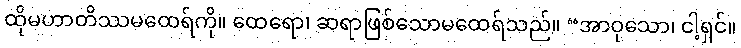
ထိုမဟာတိဿမထေရ်ကို။ ထေရော၊ ဆရာဖြစ်သောမထေရ်သည်။ “အာဝုသော၊ ငါ့ရှင်။